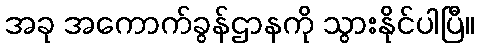
အခု အကောက်ခွန်ဌာနကို သွားနိုင်ပါပြီ။